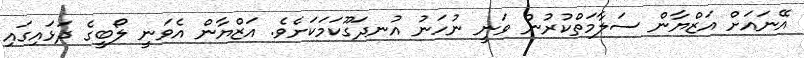
އޭނައަށް އަޒްޔާން ސަލާމަތްކުރުން ވަނީ ނުހަނު އުނދަގޫކަމަކަށެވެ. އަޒްޔާން އެވަނީ ލޯބީގެ ދަޅައިގައި